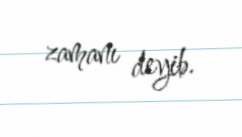
zamanı deyib.